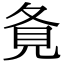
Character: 𡕚